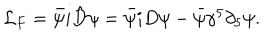
\mathcal { L } _ { F } = \bar { \psi } i \hat { D } \psi = \bar { \psi } i D \psi - \bar { \psi } \gamma ^ { 5 } \partial _ { 5 } \psi .